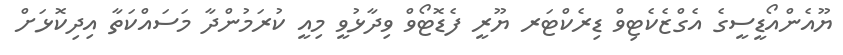
ޔޫއެންއޯޑީސީގެ އެގްޒެކެޓިވް ޑިރެކްޓަރ ޔޫރީ ފެޑޮޓޯވް ވިދާޅުވީ މިއީ ކުރަމުންދާ މަސައްކަތާ އިދިކޮޅަށް